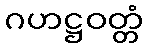
ဂဟဋ္ဌဝတ္တံ